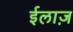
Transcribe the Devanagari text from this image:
ईलाज़